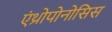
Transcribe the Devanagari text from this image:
एंथ्रोपोनोसिस